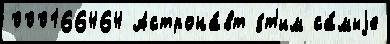
000166464 Астрона́вт э́т'им са́мыjе